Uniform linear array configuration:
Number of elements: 24
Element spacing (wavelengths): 0.25
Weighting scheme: exponential
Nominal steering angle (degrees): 0
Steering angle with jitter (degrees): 1.818
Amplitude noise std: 0.05
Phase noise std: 0.05

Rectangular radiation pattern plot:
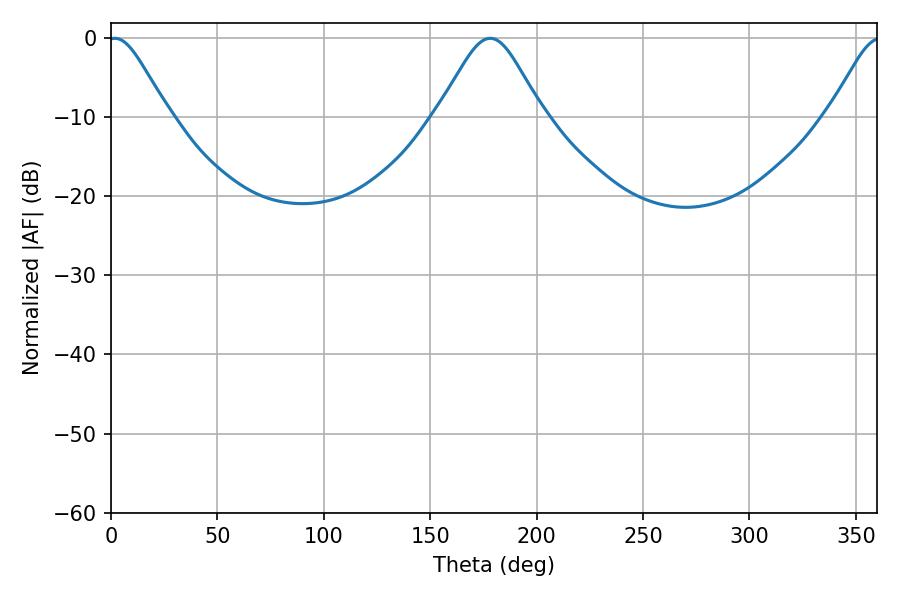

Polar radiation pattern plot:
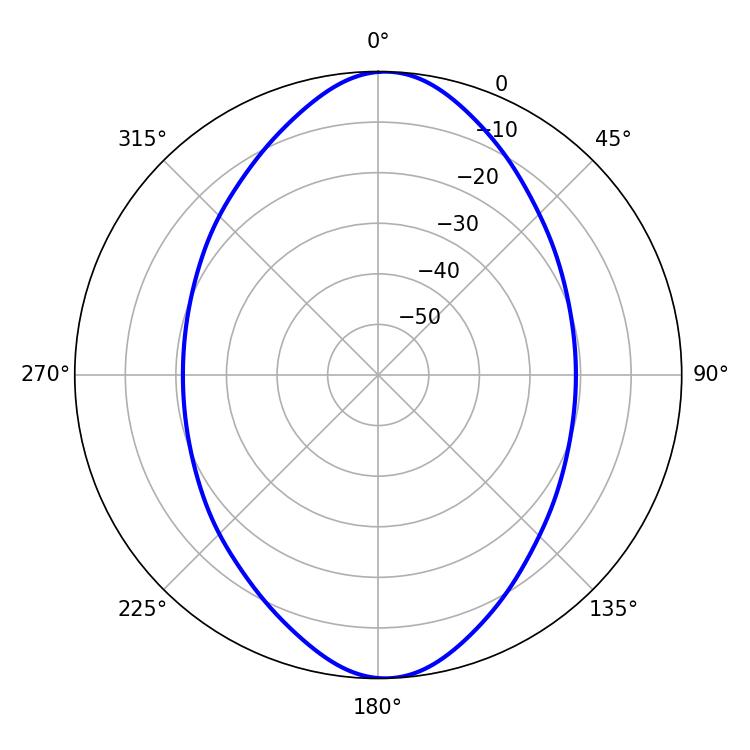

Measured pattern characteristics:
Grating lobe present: FALSE
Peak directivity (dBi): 18.122
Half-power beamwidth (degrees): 13.86
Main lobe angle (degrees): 1.8